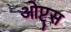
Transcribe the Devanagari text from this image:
ओप्ट्स